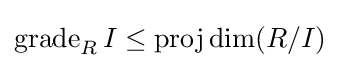
{\textrm {grade}}_{R}\,I\leq {\textrm {proj}}\dim(R/I)